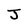
Character: J